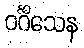
ဝင်္ဂီသေန